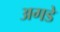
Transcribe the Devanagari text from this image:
अगडे